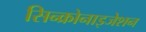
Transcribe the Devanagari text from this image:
सिन्क्रोनाइजेशन